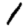
Digit: 1